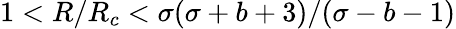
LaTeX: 1<R/R_{c}<\sigma(\sigma+b+3)/(\sigma-b-1)